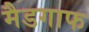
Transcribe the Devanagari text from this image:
मैडगाफ